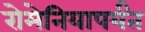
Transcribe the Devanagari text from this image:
रोमेनियापर्यंत